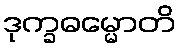
ဒုက္ခဓမ္မောတိ